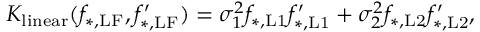
K _ { \mathrm { l i n e a r } } ( f _ { \mathrm { * , L F } } , f _ { \mathrm { * , L F } } ^ { \prime } ) = \sigma _ { 1 } ^ { 2 } f _ { \mathrm { * , L 1 } } f _ { \mathrm { * , L 1 } } ^ { \prime } + \sigma _ { 2 } ^ { 2 } f _ { \mathrm { * , L 2 } } f _ { \mathrm { * , L 2 } } ^ { \prime } ,